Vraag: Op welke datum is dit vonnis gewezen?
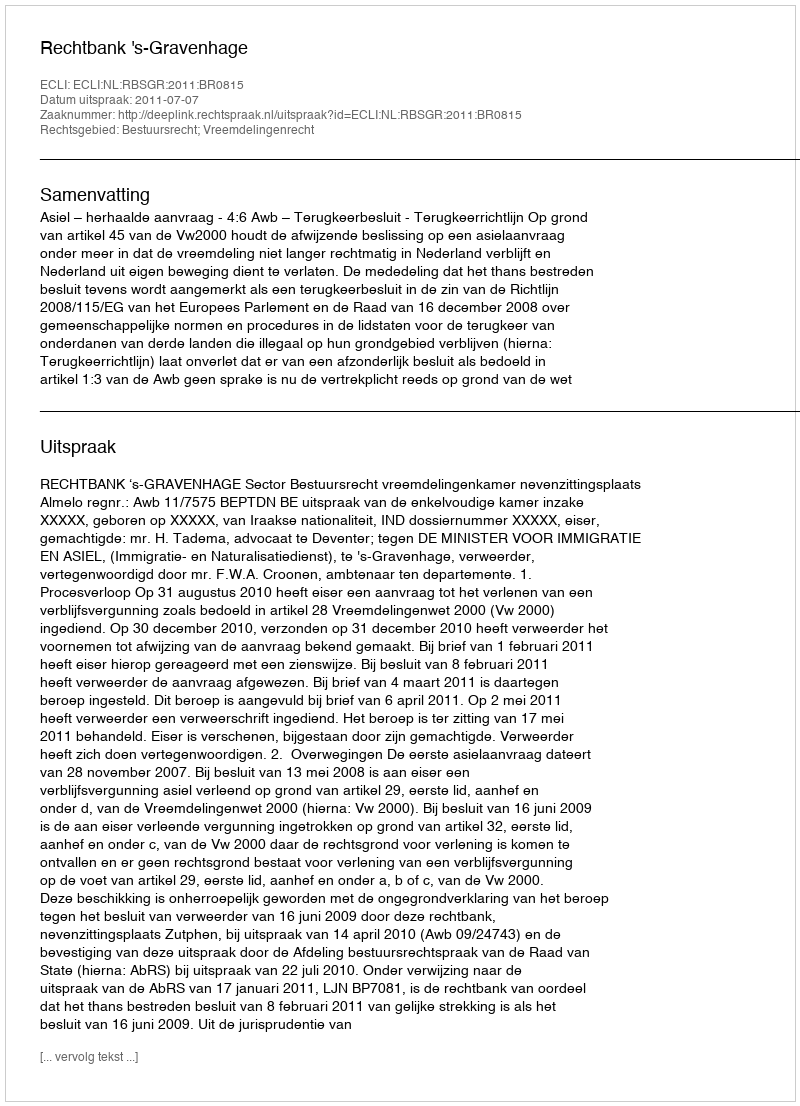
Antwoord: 2011-07-07